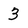
Character: 3